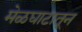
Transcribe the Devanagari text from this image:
मेळघाटातून